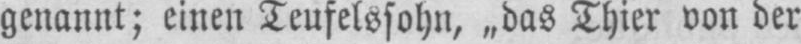
genannt; einen Teufelssohn, „das Thier von der